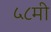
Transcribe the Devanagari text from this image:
५८मी